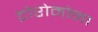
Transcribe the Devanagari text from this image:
टोरोमोना